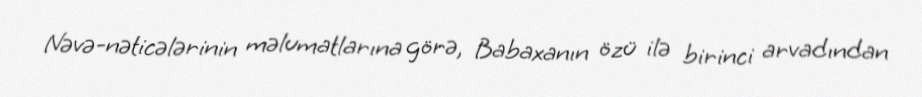
Nəvə-nəticələrinin məlumatlarına görə, Babaxanın özü ilə birinci arvadından